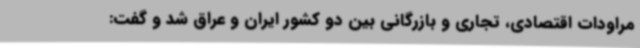
مراودات اقتصادی، تجاری و بازرگانی بین دو کشور ایران و عراق شد و گفت: